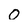
Character: 0